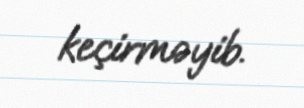
keçirməyib.